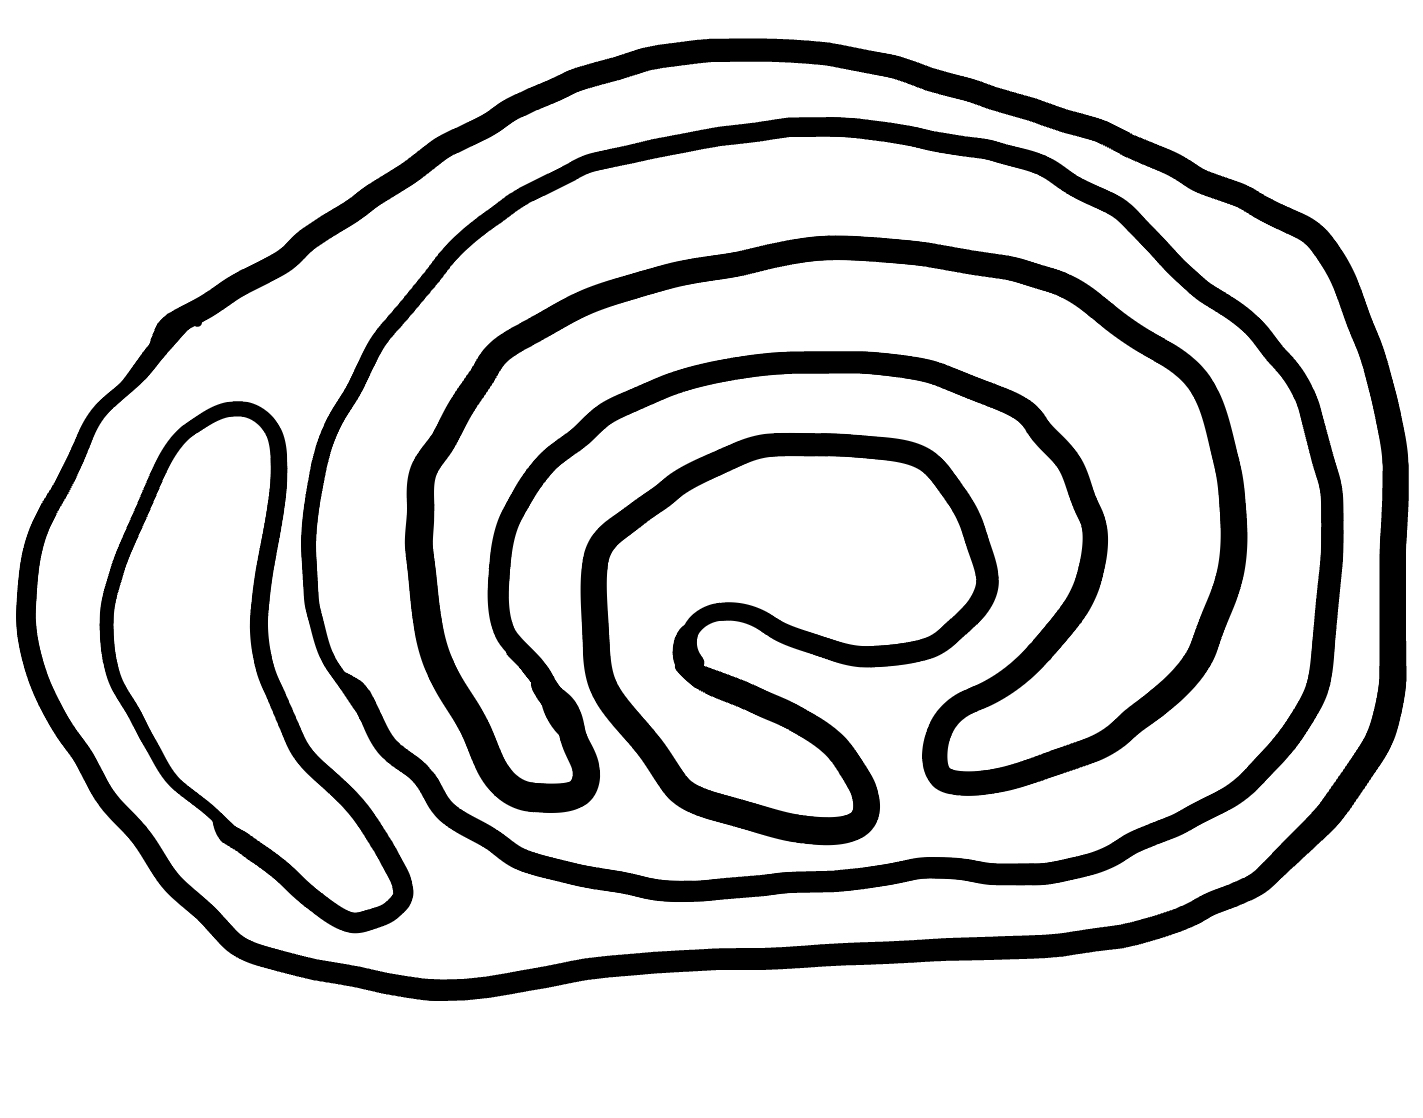
Number of regions (including the outer root region): 6
Containment tree edges (parent, child): 0, 1, 1, 2, 1, 3, 3, 4, 3, 5